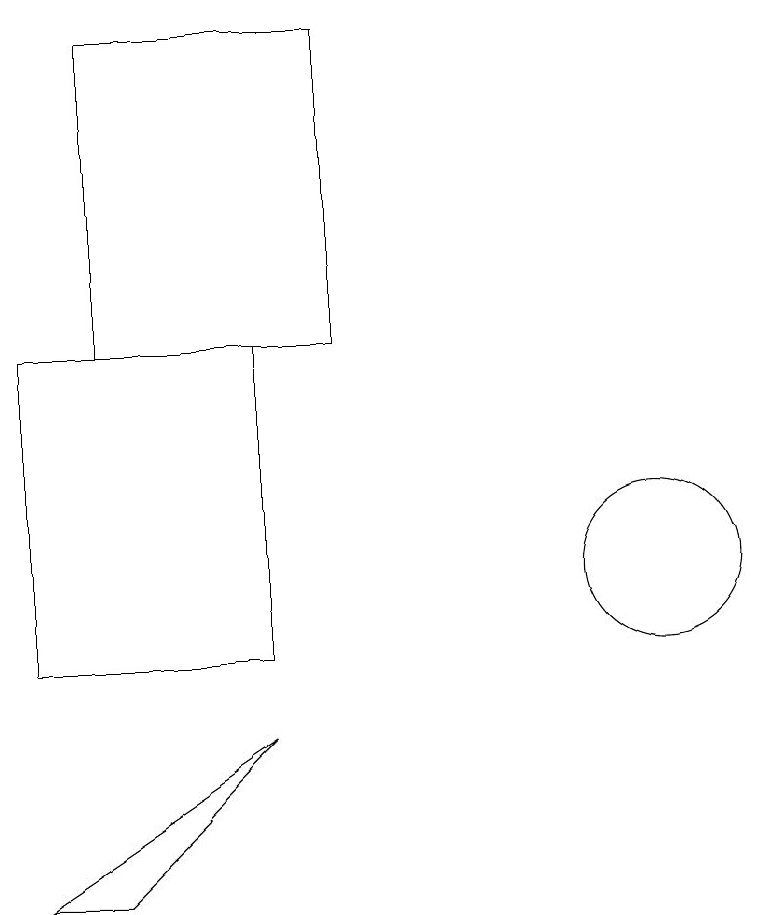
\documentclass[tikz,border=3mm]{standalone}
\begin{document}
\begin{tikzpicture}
\draw (3,18) rectangle (6,14);
\draw (10,11) circle (1);
\draw (2,10) rectangle (5,14);
\draw (5,9) -- (3,7) -- (2,7) -- cycle;
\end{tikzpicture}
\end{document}